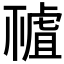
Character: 𧇘